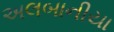
અલબાનીયા